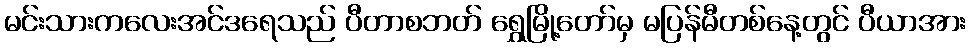
မင်းသားကလေးအင်ဒရေသည် ပီတာစဘတ် ရွှေမြို့တော်မှ မပြန်မီတစ်နေ့တွင် ပီယာအား